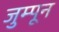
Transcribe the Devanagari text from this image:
जुम्पून